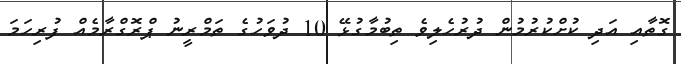
ގޮތާއި އަދި ކުށްކުރުމުން ދުރުހެލިވެ ތިބުމާގުޅޭ 10 ދުވަހުގެ ތަމްރީނު ޕްރޮގްރާމެއް ފުރިހަމަ